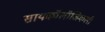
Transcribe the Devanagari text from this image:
सायकॉलॉजिकली